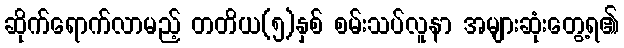
ဆိုက်ရောက်လာမည့် တတိယ(၅)နှစ် စမ်းသပ်လူနာ အများဆုံးတွေ့ရ၏